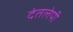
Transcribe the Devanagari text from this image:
दंतलेपी